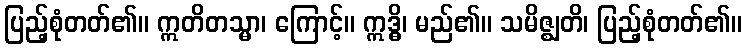
ပြည့်စုံတတ်၏။ ဣတိတသ္မာ၊ ကြောင့်။ ဣဒ္ဓိ၊ မည်၏။ သမိဇ္ဈတိ၊ ပြည့်စုံတတ်၏။